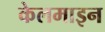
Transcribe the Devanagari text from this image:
केलमाइन